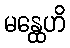
မန္ထေဟိ